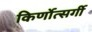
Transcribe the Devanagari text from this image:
किर्णोत्सर्गी